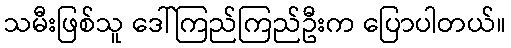
သမီးဖြစ်သူ ဒေါ်ကြည်ကြည်ဦးက ပြောပါတယ်။